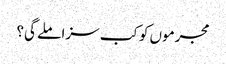
مجرموں کو کب سزا ملے گی؟